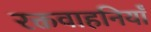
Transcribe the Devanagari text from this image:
रक्तवाहनियाँ